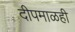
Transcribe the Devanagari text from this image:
दीपमाळही